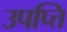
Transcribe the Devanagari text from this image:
उपप्त्ति